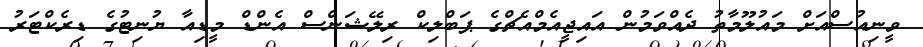
ވީނިއުސްއަށް މައުލޫމާތު ދެއްވަމުން އައިޖީއެމްއެޗްގެ ޕަބްލިކް ރިލޭޝަންސް އެންޑް މީޑިއާ ޔުނިޓުގެ ޑިރެކްޓަރު